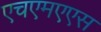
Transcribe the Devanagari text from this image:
एचएमएएस